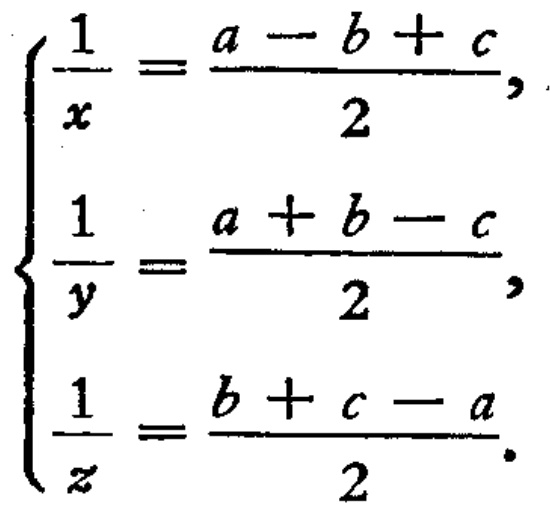
$\left\{\begin{array}{l}\frac{1}{x}=\frac{a - b + c}{2},\\\frac{1}{y}=\frac{a + b - c}{2},\\\frac{1}{z}=\frac{b + c - a}{2}.\end{array}\right.$